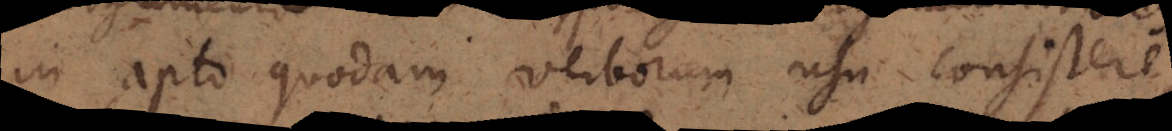
in apto quodam verborum usu consistere,